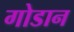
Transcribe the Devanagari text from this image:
गोडान